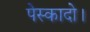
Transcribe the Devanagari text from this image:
पेस्कादो।